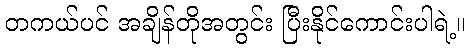
တကယ်ပင် အချိန်တိုအတွင်း ပြီးနိုင်ကောင်းပါရဲ့။